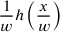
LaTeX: { \frac { 1 } { w } } h \left( { \frac { x } { w } } \right)